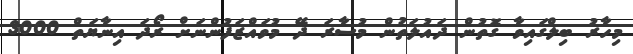
މިހާރު ބިލްގައިވާ ގޮތުން ދައުލަތުން މުސާރަ ދޭ މުވައްޒަފުންނަށް ރޯދަ އިނާޔަތް 3000